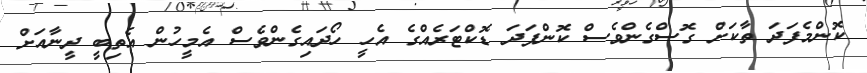
ކޮންމެފަދަ ތާކަށް ގޮސްގެންވެސް ކޮންފަދަ ޑޮކްޓަރެއްގެ އެހީ ހޯދައިގެންވެސް އެމީހުން އެތިބީ ދީނާއަށް